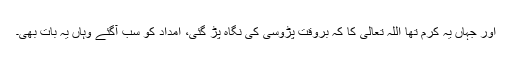
اور جہاں یہ کرم تھا اللہ تعالیٰ کا کہ بروقت پڑوسی کی نگاہ پڑ گئی، امداد کو سب آگئے وہاں یہ بات بھی۔